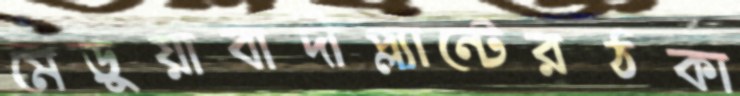
মেড়ুয়াবাদীপ্ল্যান্টেরঠকা